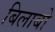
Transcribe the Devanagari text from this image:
बिलाबो